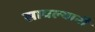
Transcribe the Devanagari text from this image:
सावल्यानी